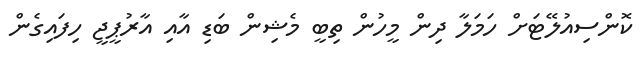
ކޮންސިއުލޭޓަށް ހަމަލާ ދިން މީހުން ތިބީ މެޝިން ބަޑި އާއި އާރުޕީޖީ ހިފައިގެން